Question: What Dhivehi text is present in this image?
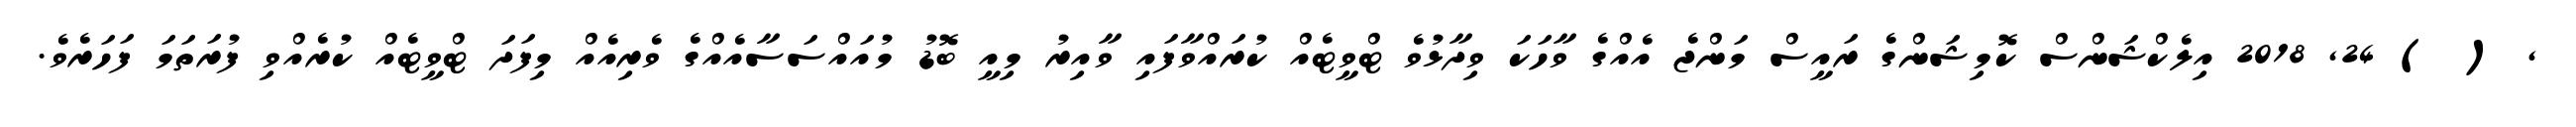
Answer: , ( ) 24, 2018 އިލެކްޝަންސް ކޮމިޝަންގެ ރައީސް މަންޖެ އެއްގެ ވާހަކަ ވިދާޅުވެ ޓްވީޓެއް ކުރައްވާފައި ވާއިރު މިއީ ބޮޑު މުއައްސަސާއެއްގެ ވެރިއެއް މިފަދަ ޓްވީޓެއް ކުރެއްވި ފުރަތަމަ ފަހަރެވެ.